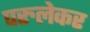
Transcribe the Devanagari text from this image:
परुलेकर